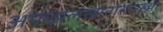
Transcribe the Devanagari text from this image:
अफझलखानासारख्या